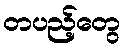
တပည့်တွေ